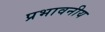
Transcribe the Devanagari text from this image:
प्रभावनीय